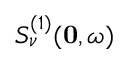
S _ { \nu } ^ { ( 1 ) } ( \mathbf { 0 } , \omega )